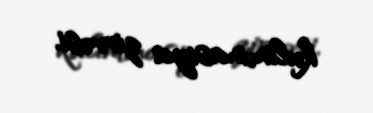
kuliminasiya zirvəsi.